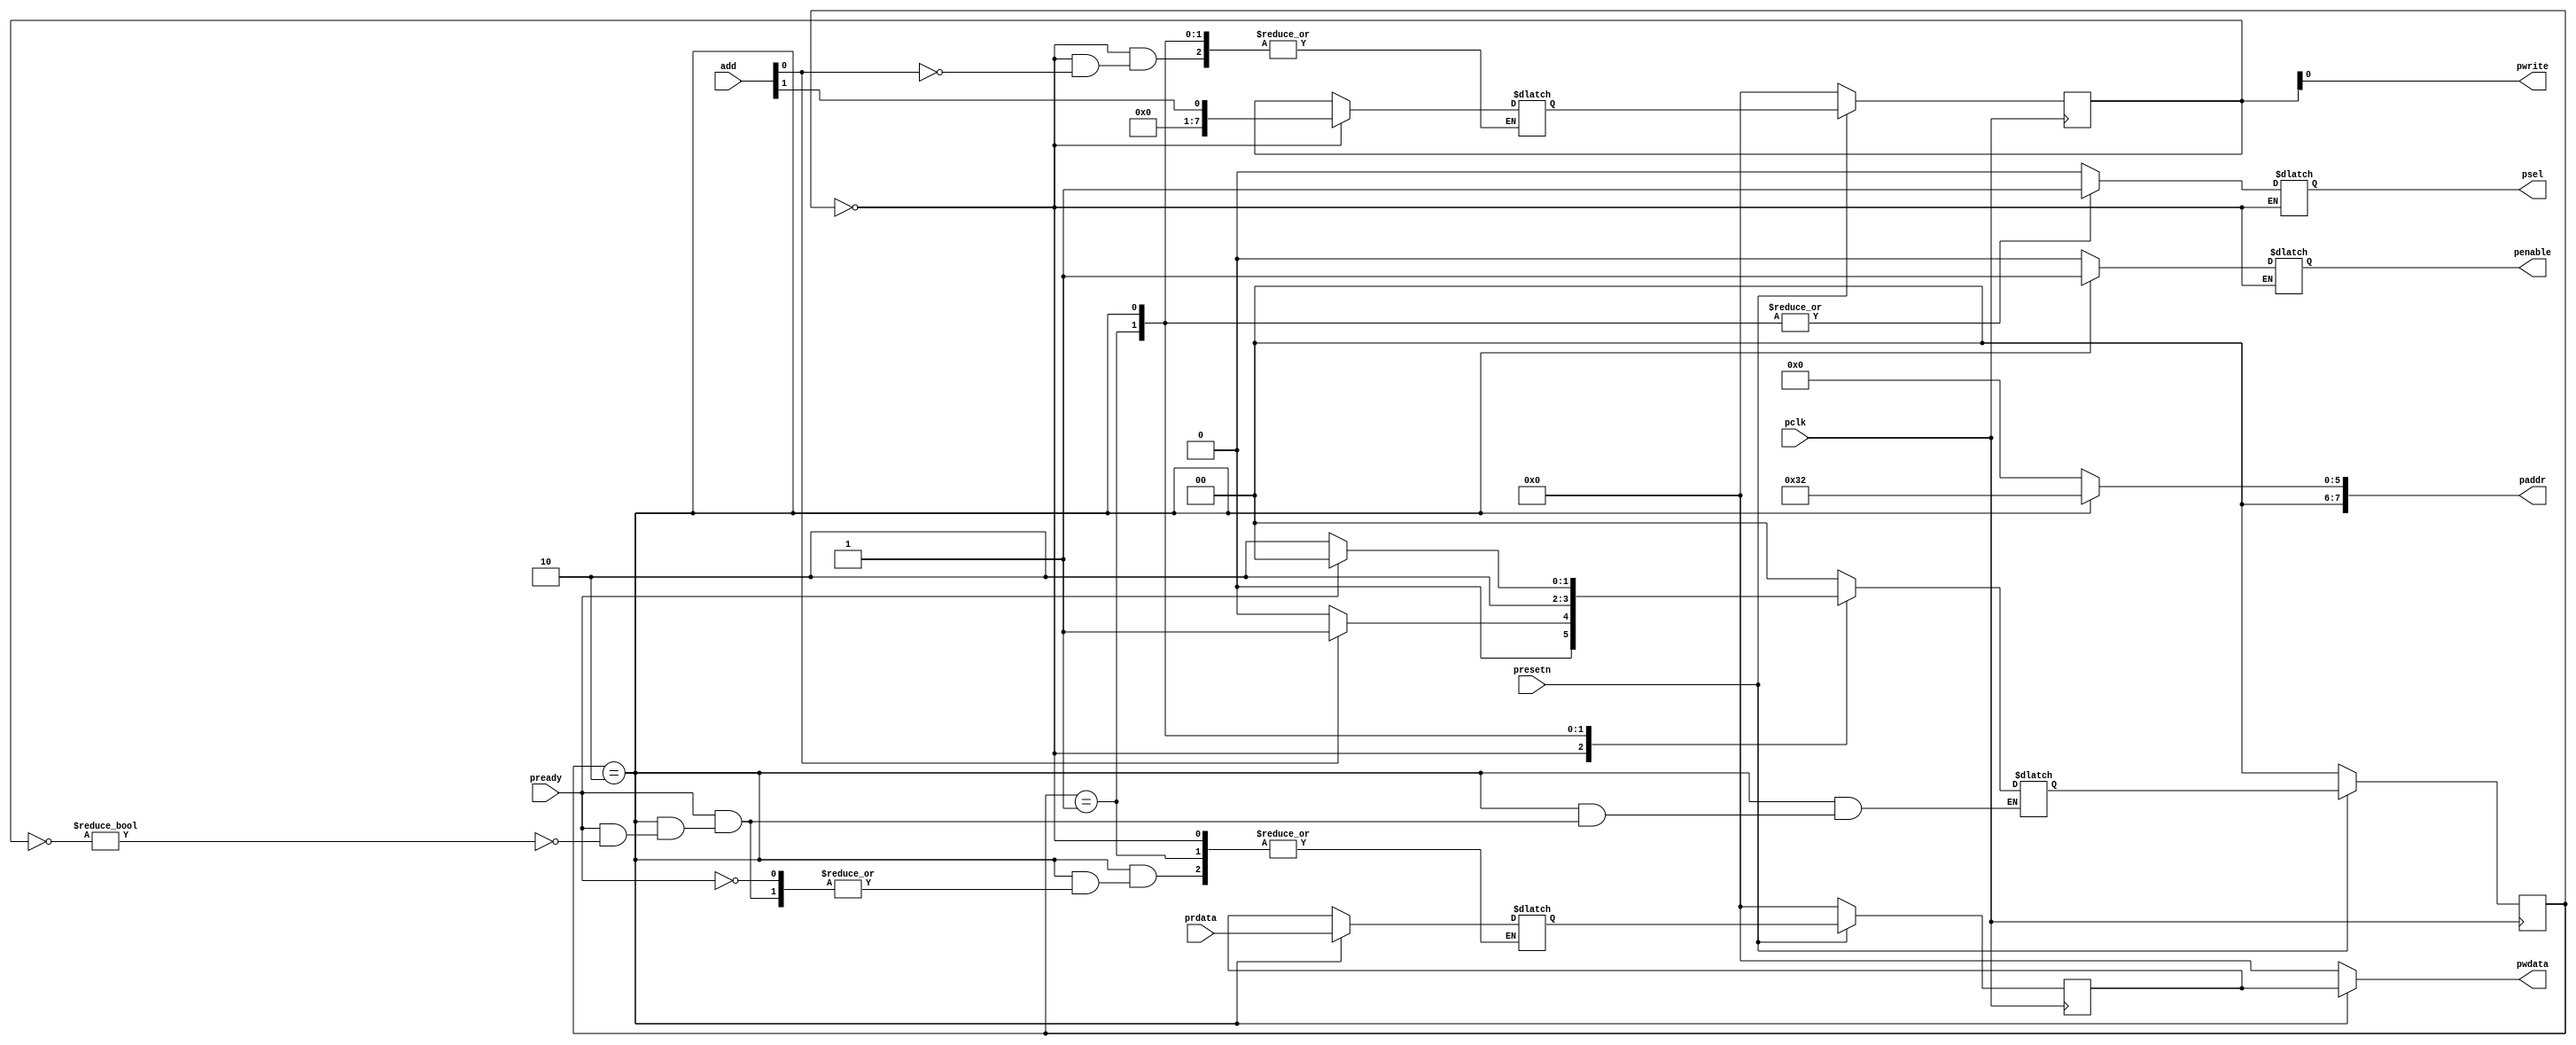
module apbmaster(
input 		pclk,
input 		presetn,
input 		[1:0]add,//00-x,01-read,10-x,11-write
output reg	psel,
output reg	penable,
output 		[7:0] paddr,
output 		pwrite,
output 		[7:0]pwdata,
input  		[7:0]prdata,
input 		pready
    );


reg [7:0]cur_pwrite,nex_pwrite,cur_prdata,nex_prdata;
reg [1:0] cur_s,nex_s;
parameter idle = 2'b00,setup = 2'b01,access = 2'b10;
 
always @(posedge pclk)
begin
	if(~presetn)
	begin
		cur_s <= idle;
		cur_pwrite <= 7'b0;
		cur_prdata <= 7'b0;
		end
	else
	begin
		cur_s <= nex_s;
		cur_pwrite <= nex_pwrite;
		cur_prdata <= nex_prdata;
	end
end 

always @(cur_s or add)
begin
	case(cur_s)
	idle:begin
			if(add[0])
			begin
			nex_s = setup;
			nex_pwrite = add[1];
			end
			else
			nex_s = idle;
			end
	setup:begin
				psel = 1;
				penable = 0;
				nex_s = access;
			end
	access:begin
				psel = 1;
				penable = 1;
				if(pready)
				begin
				if(~cur_pwrite)
				begin
				nex_prdata = prdata;
				nex_s = idle;
				end
				end
				else
				nex_s = access;
			end
	default:begin
	psel = 0;
	penable = 0;
	nex_s = idle;
	nex_prdata = cur_prdata;
	nex_pwrite = cur_pwrite;
	end
	endcase
end

assign paddr = (cur_s == access)?8'h32:8'h0000;
assign pwrite = cur_pwrite;
assign pwdata = (cur_s == access)?cur_prdata:7'b0;


endmodule